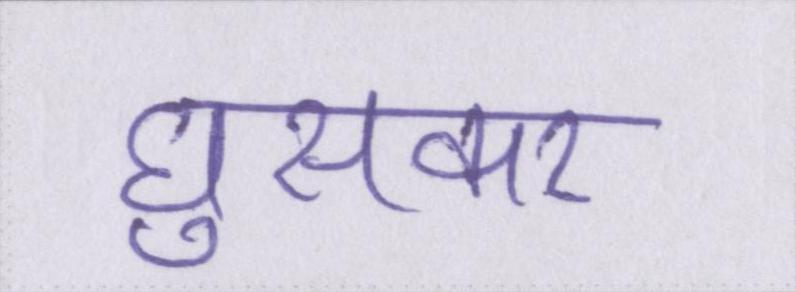
घुसकर